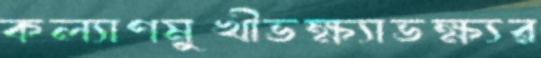
কল্যাণমুখীভক্ষ্যাভক্ষ্যর